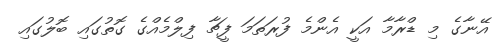
އޭނާގެ މި ޑްރާމާ އަކީ އެންމެ ފުރަތަމަ ފީޗާ ފިލްމެއްގެ ގޮތުގައި ބޮލުގައި